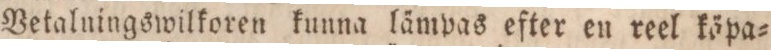
Betalningswilkoren kunna lämpas efter en reel käpa=